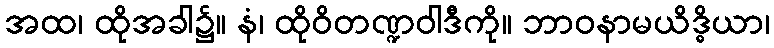
အထ၊ ထိုအခါ၌။ နံ၊ ထိုဝိတဏ္ဍဝါဒီကို။ ဘာဝနာမယိဒ္ဓိယာ၊